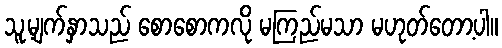
သူ့မျက်နှာသည် စောစောကလို မကြည်မသာ မဟုတ်တော့ပါ။